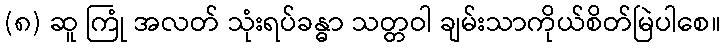
(၈) ဆူ ကြုံ အလတ် သုံးရပ်ခန္ဓာ သတ္တဝါ ချမ်းသာကိုယ်စိတ်မြဲပါစေ။